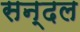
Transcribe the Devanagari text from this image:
सन्दल